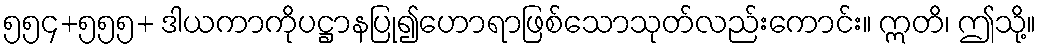
၅၅၄+၅၅၅+ ဒါယကာကိုပဋ္ဌာနပြု၍ဟောရာဖြစ်သောသုတ်လည်းကောင်း။ ဣတိ၊ ဤသို့။